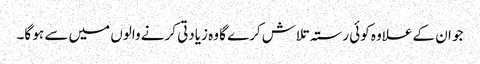
جو ان کے علاوہ کوئی رستہ تلاش کرے گا وہ زیادتی کرنے والوں میں سے ہو گا۔